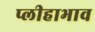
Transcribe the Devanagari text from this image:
प्लीहाभाव